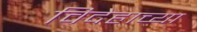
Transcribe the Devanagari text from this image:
विदेहाच्या